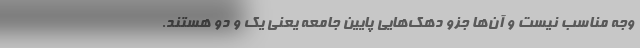
وجه مناسب نیست و آن‌ها جزو دهک‌هایی پایین جامعه یعنی یک و دو هستند.